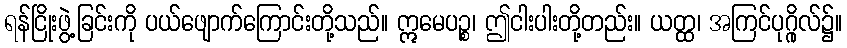
ရန်ငြိုးဖွဲ့ခြင်းကို ပယ်ဖျောက်ကြောင်းတို့သည်။ ဣမေပဉ္စ၊ ဤငါးပါးတို့တည်း။ ယတ္ထ၊ အကြင်ပုဂ္ဂိုလ်၌။